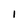
Character: I